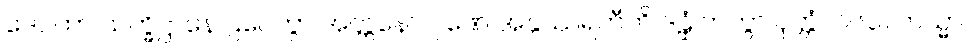
ဒေဝတာ သက္ခိဋ္ဌာနေ ဌပေတွာ အတ္တနော ဂုဏေ အနုဿရတီတိ ဒဠှံ ကတွာ ဝုတ္တံ။ ၁၆၃။ တသ္မာ